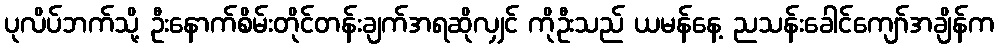
ပုလိပ်ဘက်သို့ ဦးနောက်စိမ်းတိုင်တန်းချက်အရဆိုလျှင် ကိုဦးသည် ယမန်နေ့ ညသန်းခေါင်ကျော်အချိန်က